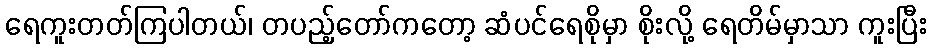
ရေကူးတတ်ကြပါတယ်၊ တပည့်တော်ကတော့ ဆံပင်ရေစိုမှာ စိုးလို့ ရေတိမ်မှာသာ ကူးပြီး